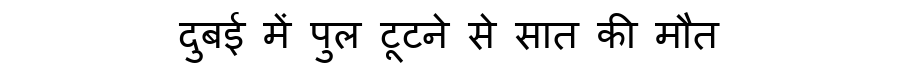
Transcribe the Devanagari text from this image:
दुबई में पुल टूटने से सात की मौत